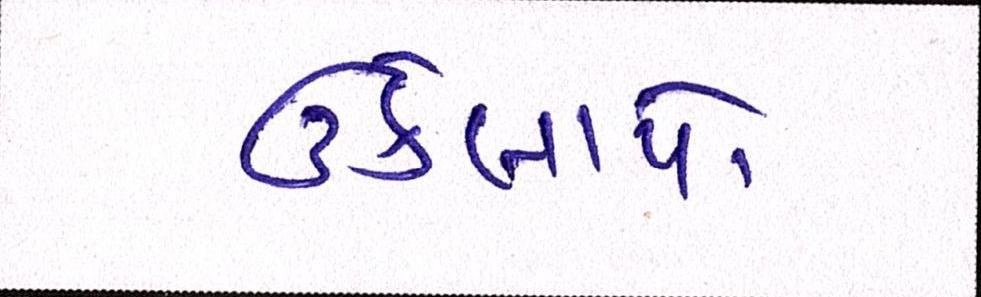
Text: ઉકેલાયો